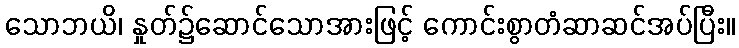
သောဘယိ၊ နှုတ်၌ဆောင်သောအားဖြင့် ကောင်းစွာတံဆာဆင်အပ်ပြီး။